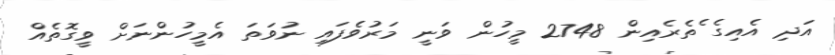
އަދި އެއިގެ ެތެރެއިން 2748 މީހުން ވަނީ މަރުވެފައި ނުވަތަ އެމީހުންނަށް ވީގޮތެއް